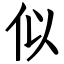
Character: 似